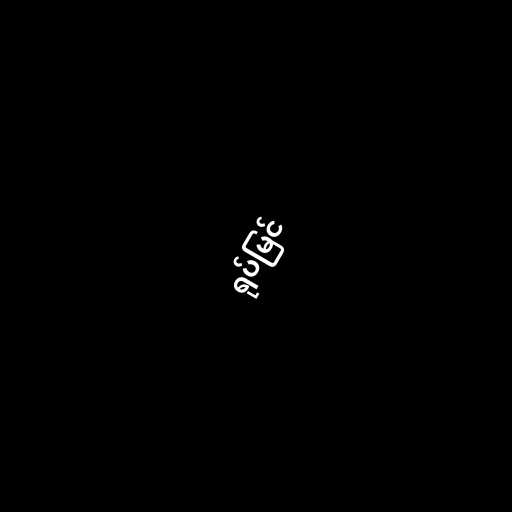
ရုပ်မြင်